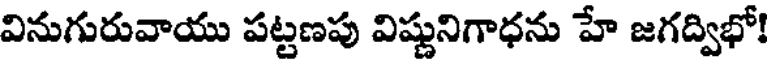
వినుగురువాయు పట్టణపు విష్ణునిగాధను హే జగద్విభో!